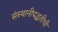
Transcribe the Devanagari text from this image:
संस्थानीपद्धतीची